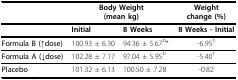
<table><thead><tr><td></td><td colspan="2"><b>Body Weight (mean kg)</b></td><td><b>Weight change (%)</b></td></tr></thead><tbody><tr><td></td><td><b>Initial</b></td><td><b>8 Weeks</b></td><td><b>8 Weeks - Initial</b></td></tr><tr><td><b>Formula B (↑dose)</b></td><td>100.93 ± 6.30</td><td>94.36 ± 5.67<sup>b</sup>*</td><td>-6.95<sup>‡</sup></td></tr><tr><td><b>Formula A (↓dose)</b></td><td>102.28 ± 7.17</td><td>97.04 ± 5.95<sup>b</sup></td><td>-5.40<sup>†</sup></td></tr><tr><td><b>Placebo</b></td><td>101.32 ± 6.13</td><td>100.50 ± 7.28</td><td>-0.82</td></tr></tbody></table>